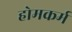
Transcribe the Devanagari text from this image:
होमकर्म